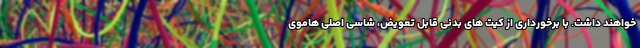
خواهند داشت. با برخورداری از کیت های بدنی قابل تعویض، شاسی اصلی هاموی